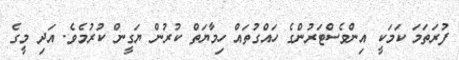
ފުރަތަމަ ކަމަކީ އިންވެސްޓަރުންގެ ހައްގުތައް ހިމާޔަތް ކުރުން ޔަގީން ކުރުމެވެ. އަދި މީގެ